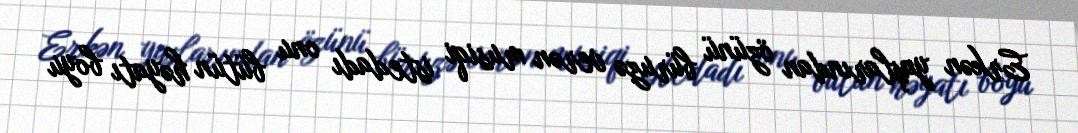
Erkən yaşlarından özünü büruzə verən musiqi istedadı onu bütün həyatı boyu